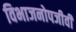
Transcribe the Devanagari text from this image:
विभाजनोपजीवी